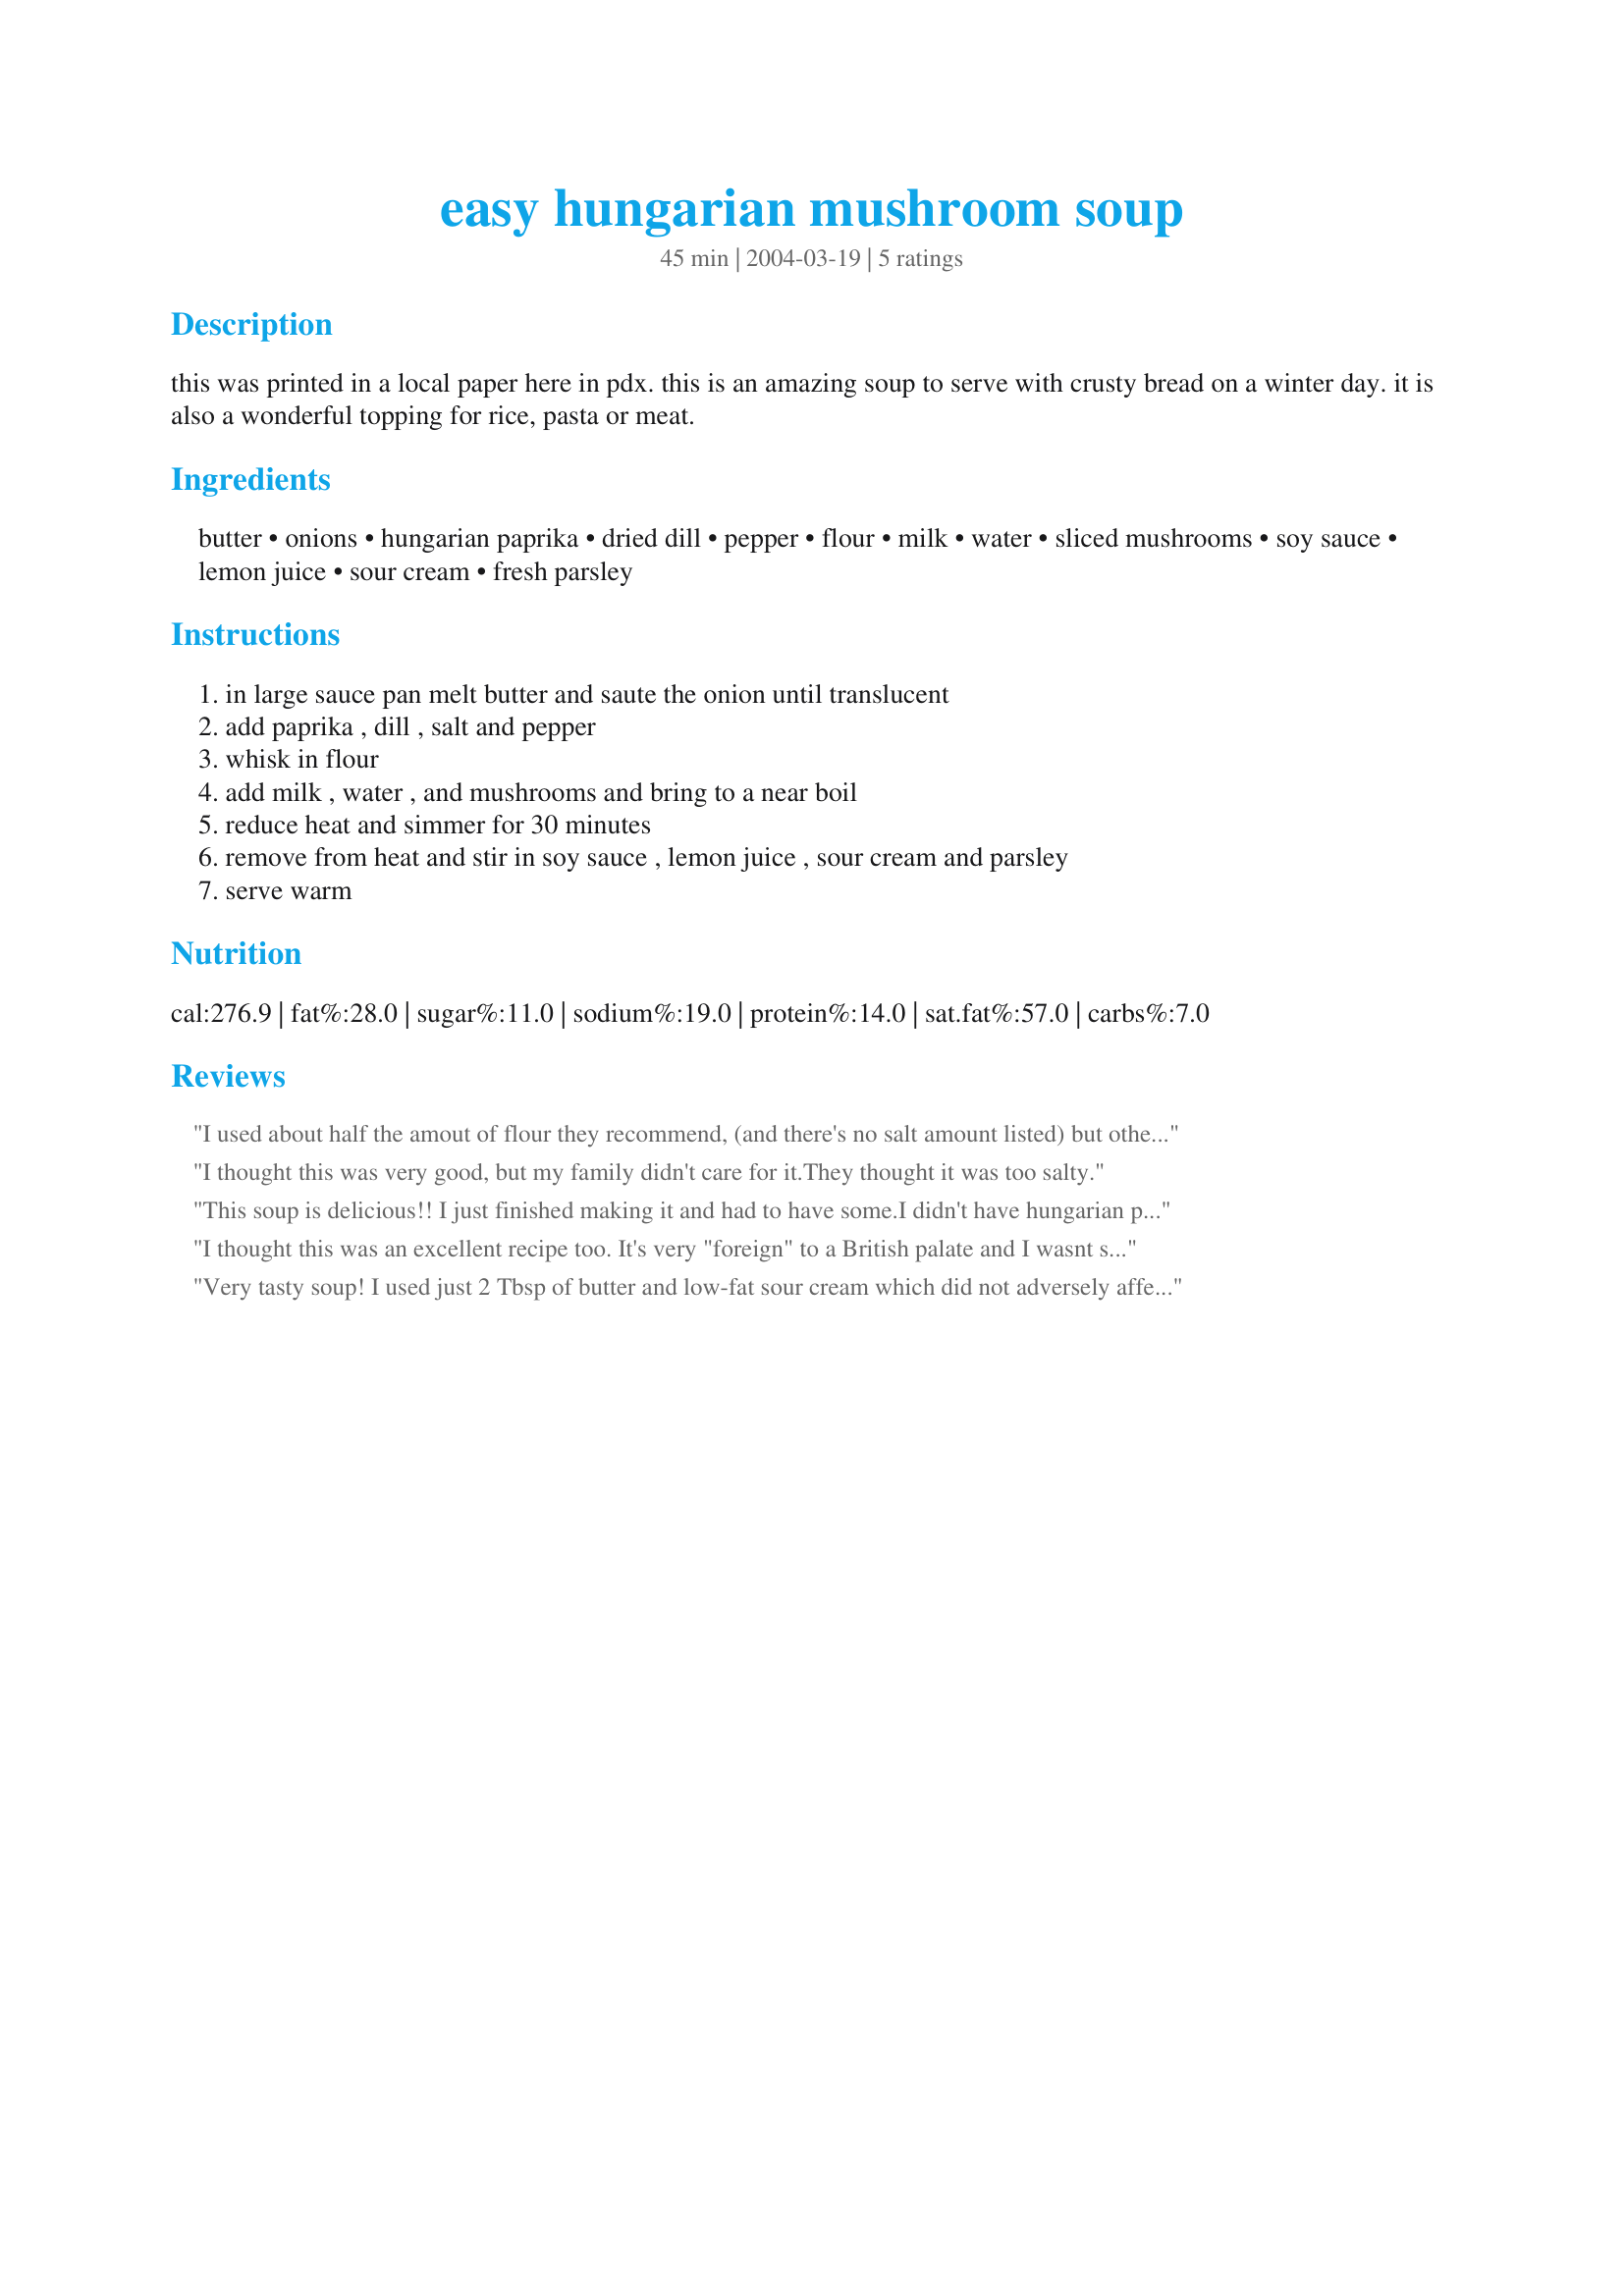
easy hungarian mushroom soup
Preparation time: 45 minutes

this was printed in a local paper here in pdx. this is an amazing soup to serve with crusty bread on a winter day. it is also a wonderful topping for rice, pasta or meat.

Ingredients:
butter, onions, hungarian paprika, dried dill, pepper, flour, milk, water, sliced mushrooms, soy sauce, lemon juice, sour cream, fresh parsley

Steps:
in large sauce pan melt butter and saute the onion until translucent, add paprika , dill , salt and pepper, whisk in flour, add milk , water , and mushrooms and bring to a near boil, reduce heat and simmer for 30 minutes, remove from heat and stir in soy sauce , lemon juice , sour cream and parsley, serve warm

Reviews:
I used about half the amout of flour they recommend, (and there's no salt amount listed) but otherwise I followed the recipe exactly. There were nice globs of unmixed sour cream which was nice.

It could use a little complexity, but it was nice.
I thought this was very good, but my family didn't care for it.They thought it was too salty.
This soup is delicious!! I just finished making it and had to have some.I didn't have hungarian paprika so I used the regular paprika. I used frozen parsley, its almost like fresh. I don't think it will get to the freezer. It warms your inners...its good. A keeper!
I thought this was an excellent recipe too. It's very "foreign" to a British palate and I wasnt sure whether I would like it with taht amount of soy sauce as well as the paprika, but I loved it. I used greek-style yogurt in place of the soured cream
Very tasty soup! I used just 2 Tbsp of butter and low-fat sour cream which did not adversely affect the taste or texture. Also I used half smoked paprika and half regular, which was very good. I'm going to get fresh dill next time, that was the only thing that I thought really should be changed. And it does freeze well - BF didn't like it (he is all wrong!!!) so I had to freeze some for later and it was fine when I thawed it out. Thanks for the recipe!
